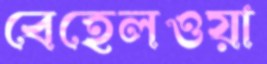
বেহেলওয়া